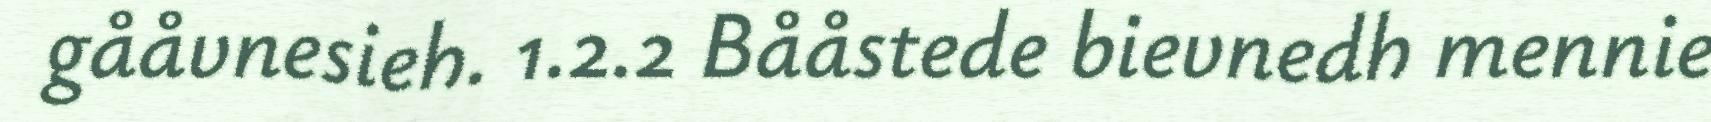
gååvnesieh. 1.2.2 Bååstede bievnedh mennie